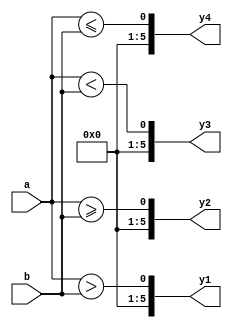
module opre(input [3:0]a,
            input [3:0]b,
            output reg [5:0]y1,
            output reg [5:0]y2,
            output reg [5:0]y3,
            output reg [5:0]y4);
  always@(*) begin
     y1=a > b;
     y2=a >= b;
     y3=a < b;
     y4=a <=b;
     
  end
endmodule